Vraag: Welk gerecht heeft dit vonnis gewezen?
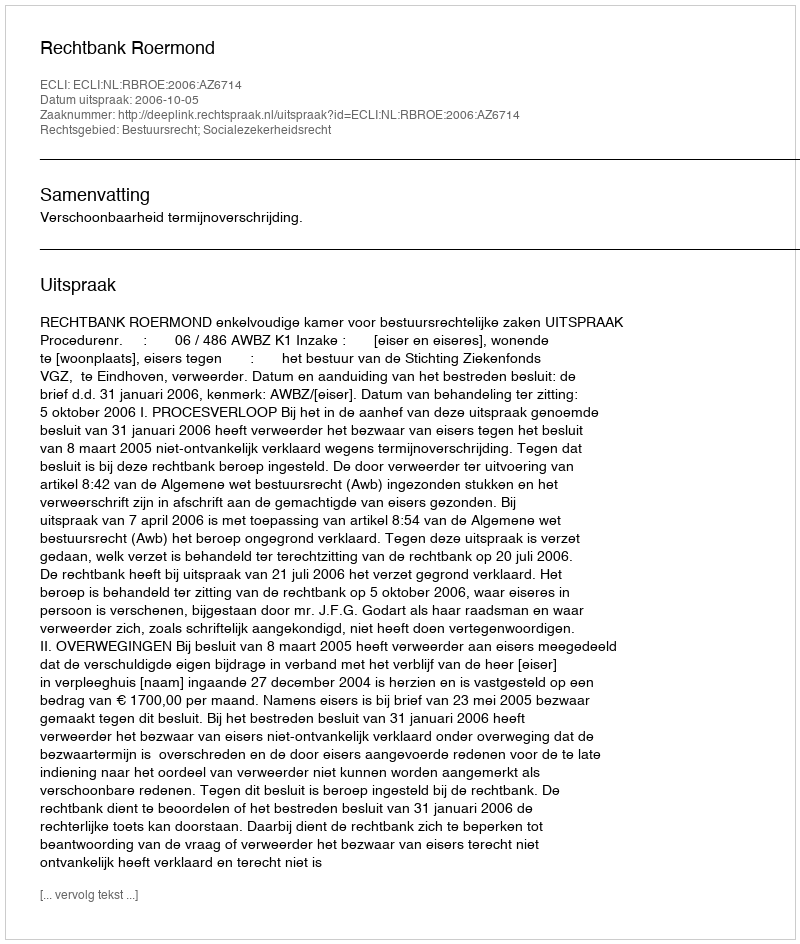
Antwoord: Rechtbank Roermond